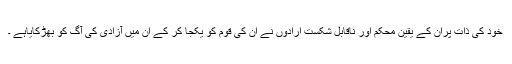
خود کی ذات پران کے یقین محکم اور ناقابل شکست ارادوں نے ان کی قوم کو یکجا کر کے ان میں آزادی کی آگ کو بھڑکایاہے ۔